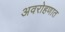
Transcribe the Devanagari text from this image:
अवरोहणात